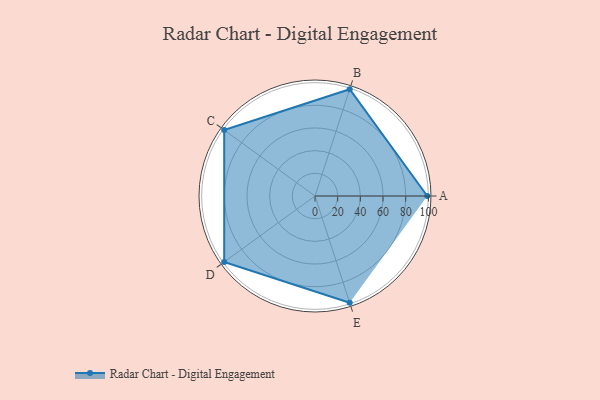
{"axis": {"x": "Skill", "y": "Score"}, "legend": ["Profile"], "data": [{"x": "A", "y": 99.0, "type": "Profile"}, {"x": "B", "y": 99, "type": "Profile"}, {"x": "C", "y": 99, "type": "Profile"}, {"x": "D", "y": 99, "type": "Profile"}, {"x": "E", "y": 99, "type": "Profile"}]}